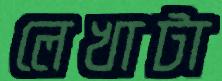
লেখাটা